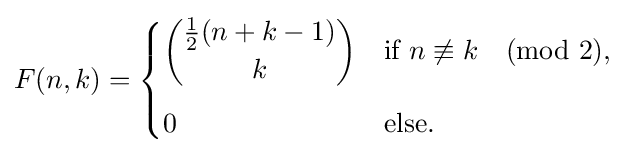
F(n,k)={\begin{cases}\displaystyle {\binom {{\frac {1}{2}}(n+k-1)}{k}}&{\text{if }}n\not \equiv k{\pmod {2}},\\[12pt]0&{\text{else}}.\end{cases}}